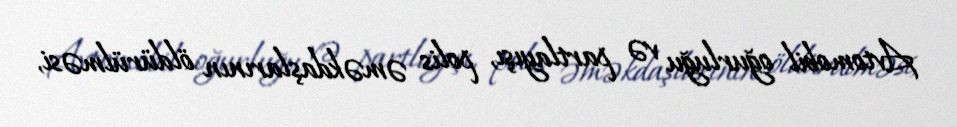
Avtomobil oğurluğu və partlayışı, polis əməkdaşlarının öldürülməsi,